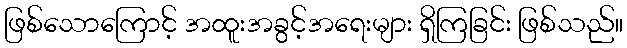
ဖြစ်သောကြောင့် အထူးအခွင့်အရေးများ ရှိကြခြင်း ဖြစ်သည်။